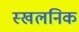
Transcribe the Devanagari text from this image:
स्खलनिक